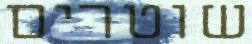
שוטרים